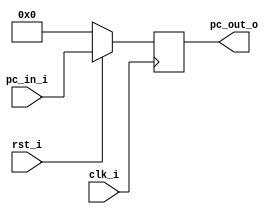
// 0516244 TAY CHUN KEAT ???

module ProgramCounter(
    clk_i,
	rst_i,
	pc_in_i,
	pc_out_o
	);
     
//I/O ports
input           clk_i;
input	        rst_i;
input  [32-1:0] pc_in_i;
output [32-1:0] pc_out_o;
 
//Internal Signals
reg    [32-1:0] pc_out_o;
 
//Parameter

    
//Main function
always @(posedge clk_i) begin
    if(~rst_i)
	    pc_out_o <= 0;
	else
	    pc_out_o <= pc_in_i;
end

endmodule